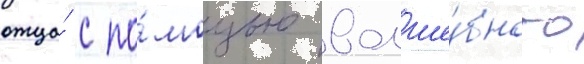
отца́ с по́мощью волше́бного